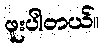
ဖူးပါတယ်။